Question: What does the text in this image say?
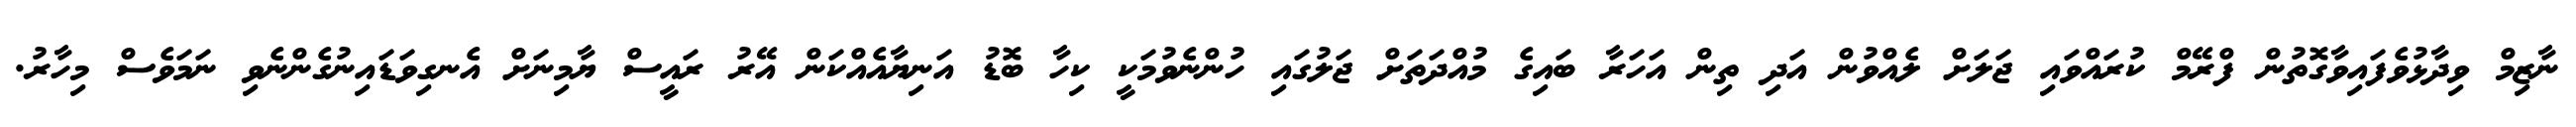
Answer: ނާޒިމް ވިދާޅުވެފައިވާގޮތުން ފްރޭމް ކުރައްވައި ޖަލަށް ލެއްވުން އަދި ތިން އަހަރާ ބައިގެ މުއްދަތަށް ޖަލުގައި ހުންނެވުމަކީ ކިހާ ބޮޑު އަނިޔާއެއްކަން އޭރު ރައީސް ޔާމިނަށް އެނގިވަޑައިނުގެންނެވި ނަމަވެސް މިހާރު.